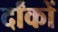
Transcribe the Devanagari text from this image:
र्दांकों